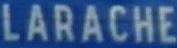
LARACHE